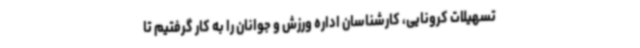
تسهیلات کرونایی، کارشناسان اداره ورزش و جوانان را به کار گرفتیم تا